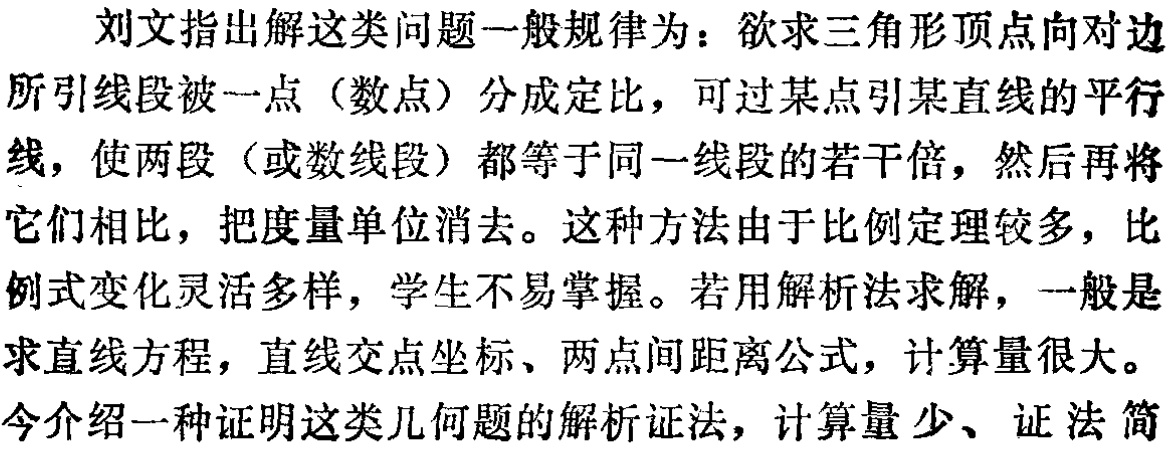
刘文指出解这类问题一般规律为：欲求三角形顶点向对边所引线段被一点（数点）分成定比，可过某点引某直线的平行线，使两段（或数线段）都等于同一线段的若干倍，然后再将它们相比，把度量单位消去。这种方法由于比例定理较多，比例式变化灵活多样，学生不易掌握。若用解析法求解，一般是求直线方程，直线交点坐标、两点间距离公式，计算量很大。今介绍一种证明这类几何题的解析证法，计算量少、证法简